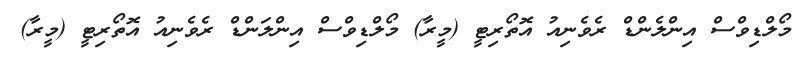
މޯލްޑިވްސް އިންލެންޑް ރެވެނިއު އޮތޯރިޓީ (މީރާ) މޯލްޑިވްސް އިންލަންޑް ރެވެނިއު އޮތޯރިޓީ (މީރާ)